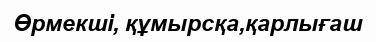
Өрмекші, құмырсқа,қарлығаш